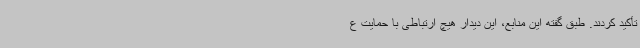
تأکید کردند. طبق گفته این منابع، این دیدار هیچ ارتباطی با حمایت ع